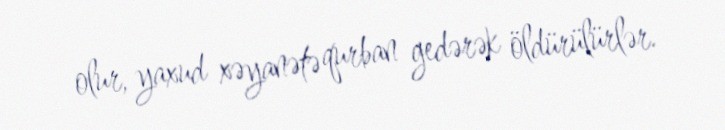
olur, yaxud xəyanətə qurban gedərək öldürülürlər.